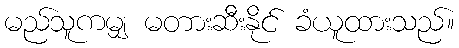
မည်သူကမျှ မတားဆီးနိုင် ခံယူထားသည်။